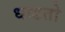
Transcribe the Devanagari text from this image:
धाडतो